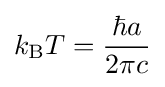
k_{\text{B}}T={\frac {\hbar a}{2\pi c}}